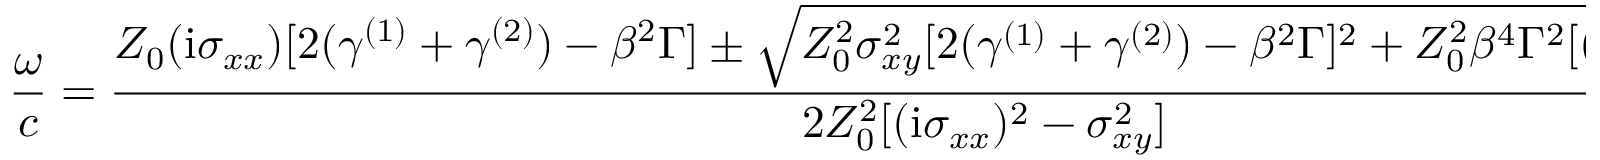
\frac { \omega } { c } = \frac { Z _ { 0 } ( \mathrm { i } \sigma _ { x x } ) [ 2 ( \gamma ^ { ( 1 ) } + \gamma ^ { ( 2 ) } ) - \beta ^ { 2 } \Gamma ] \pm \sqrt { Z _ { 0 } ^ { 2 } \sigma _ { x y } ^ { 2 } [ 2 ( \gamma ^ { ( 1 ) } + \gamma ^ { ( 2 ) } ) - \beta ^ { 2 } \Gamma ] ^ { 2 } + Z _ { 0 } ^ { 2 } \beta ^ { 4 } \Gamma ^ { 2 } [ ( \mathrm { i } \sigma _ { x x } ) ^ { 2 } - \sigma _ { x y } ^ { 2 } ] } } { 2 Z _ { 0 } ^ { 2 } [ ( \mathrm { i } \sigma _ { x x } ) ^ { 2 } - \sigma _ { x y } ^ { 2 } ] }